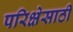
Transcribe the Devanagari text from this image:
परिक्षेसाठी